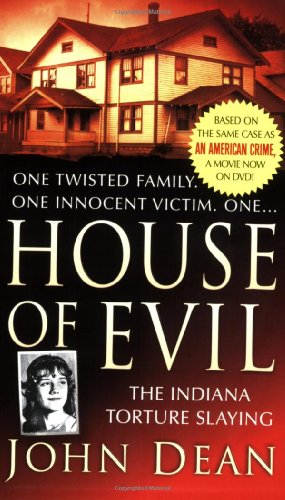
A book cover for House of Evil: The Indiana Torture Slaying (St. Martin's True Crime Library); John Dean; Biographies & Memoirs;